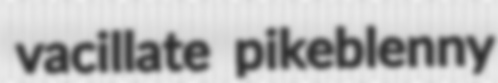
vacillate pikeblenny